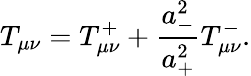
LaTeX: T_{\mu\nu}=T_{\mu\nu}^{+}+\frac{a_{-}^{2}}{a_{+}^{2}}T_{\mu\nu}^{-}.